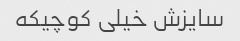
سایزش خیلی کوچیکه